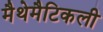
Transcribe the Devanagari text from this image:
मैथेमैटिकली